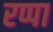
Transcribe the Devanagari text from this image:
रप्पा